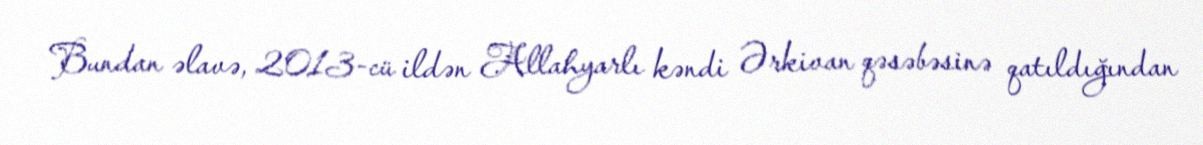
Bundan əlavə, 2013-cü ildən Allahyarlı kəndi Ərkivan qəsəbəsinə qatıldığından